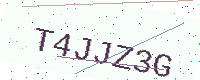
Text: T4JJZ3G